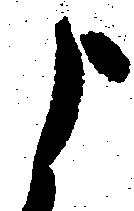
よ